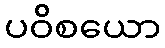
ပဝိစယော